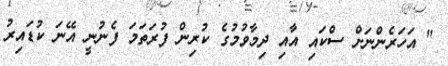
" އަހަރެންނަށް ސްކައި އާއި ދިމާވުމުގެ ކުރިން ފުރަތަމަ ފެނުނީ އޭނަ ކުޑައިރު